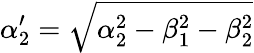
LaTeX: \alpha_{2}^{\prime}=\sqrt{\alpha_{2}^{2}-\beta_{1}^{2}-\beta_{2}^{2}}